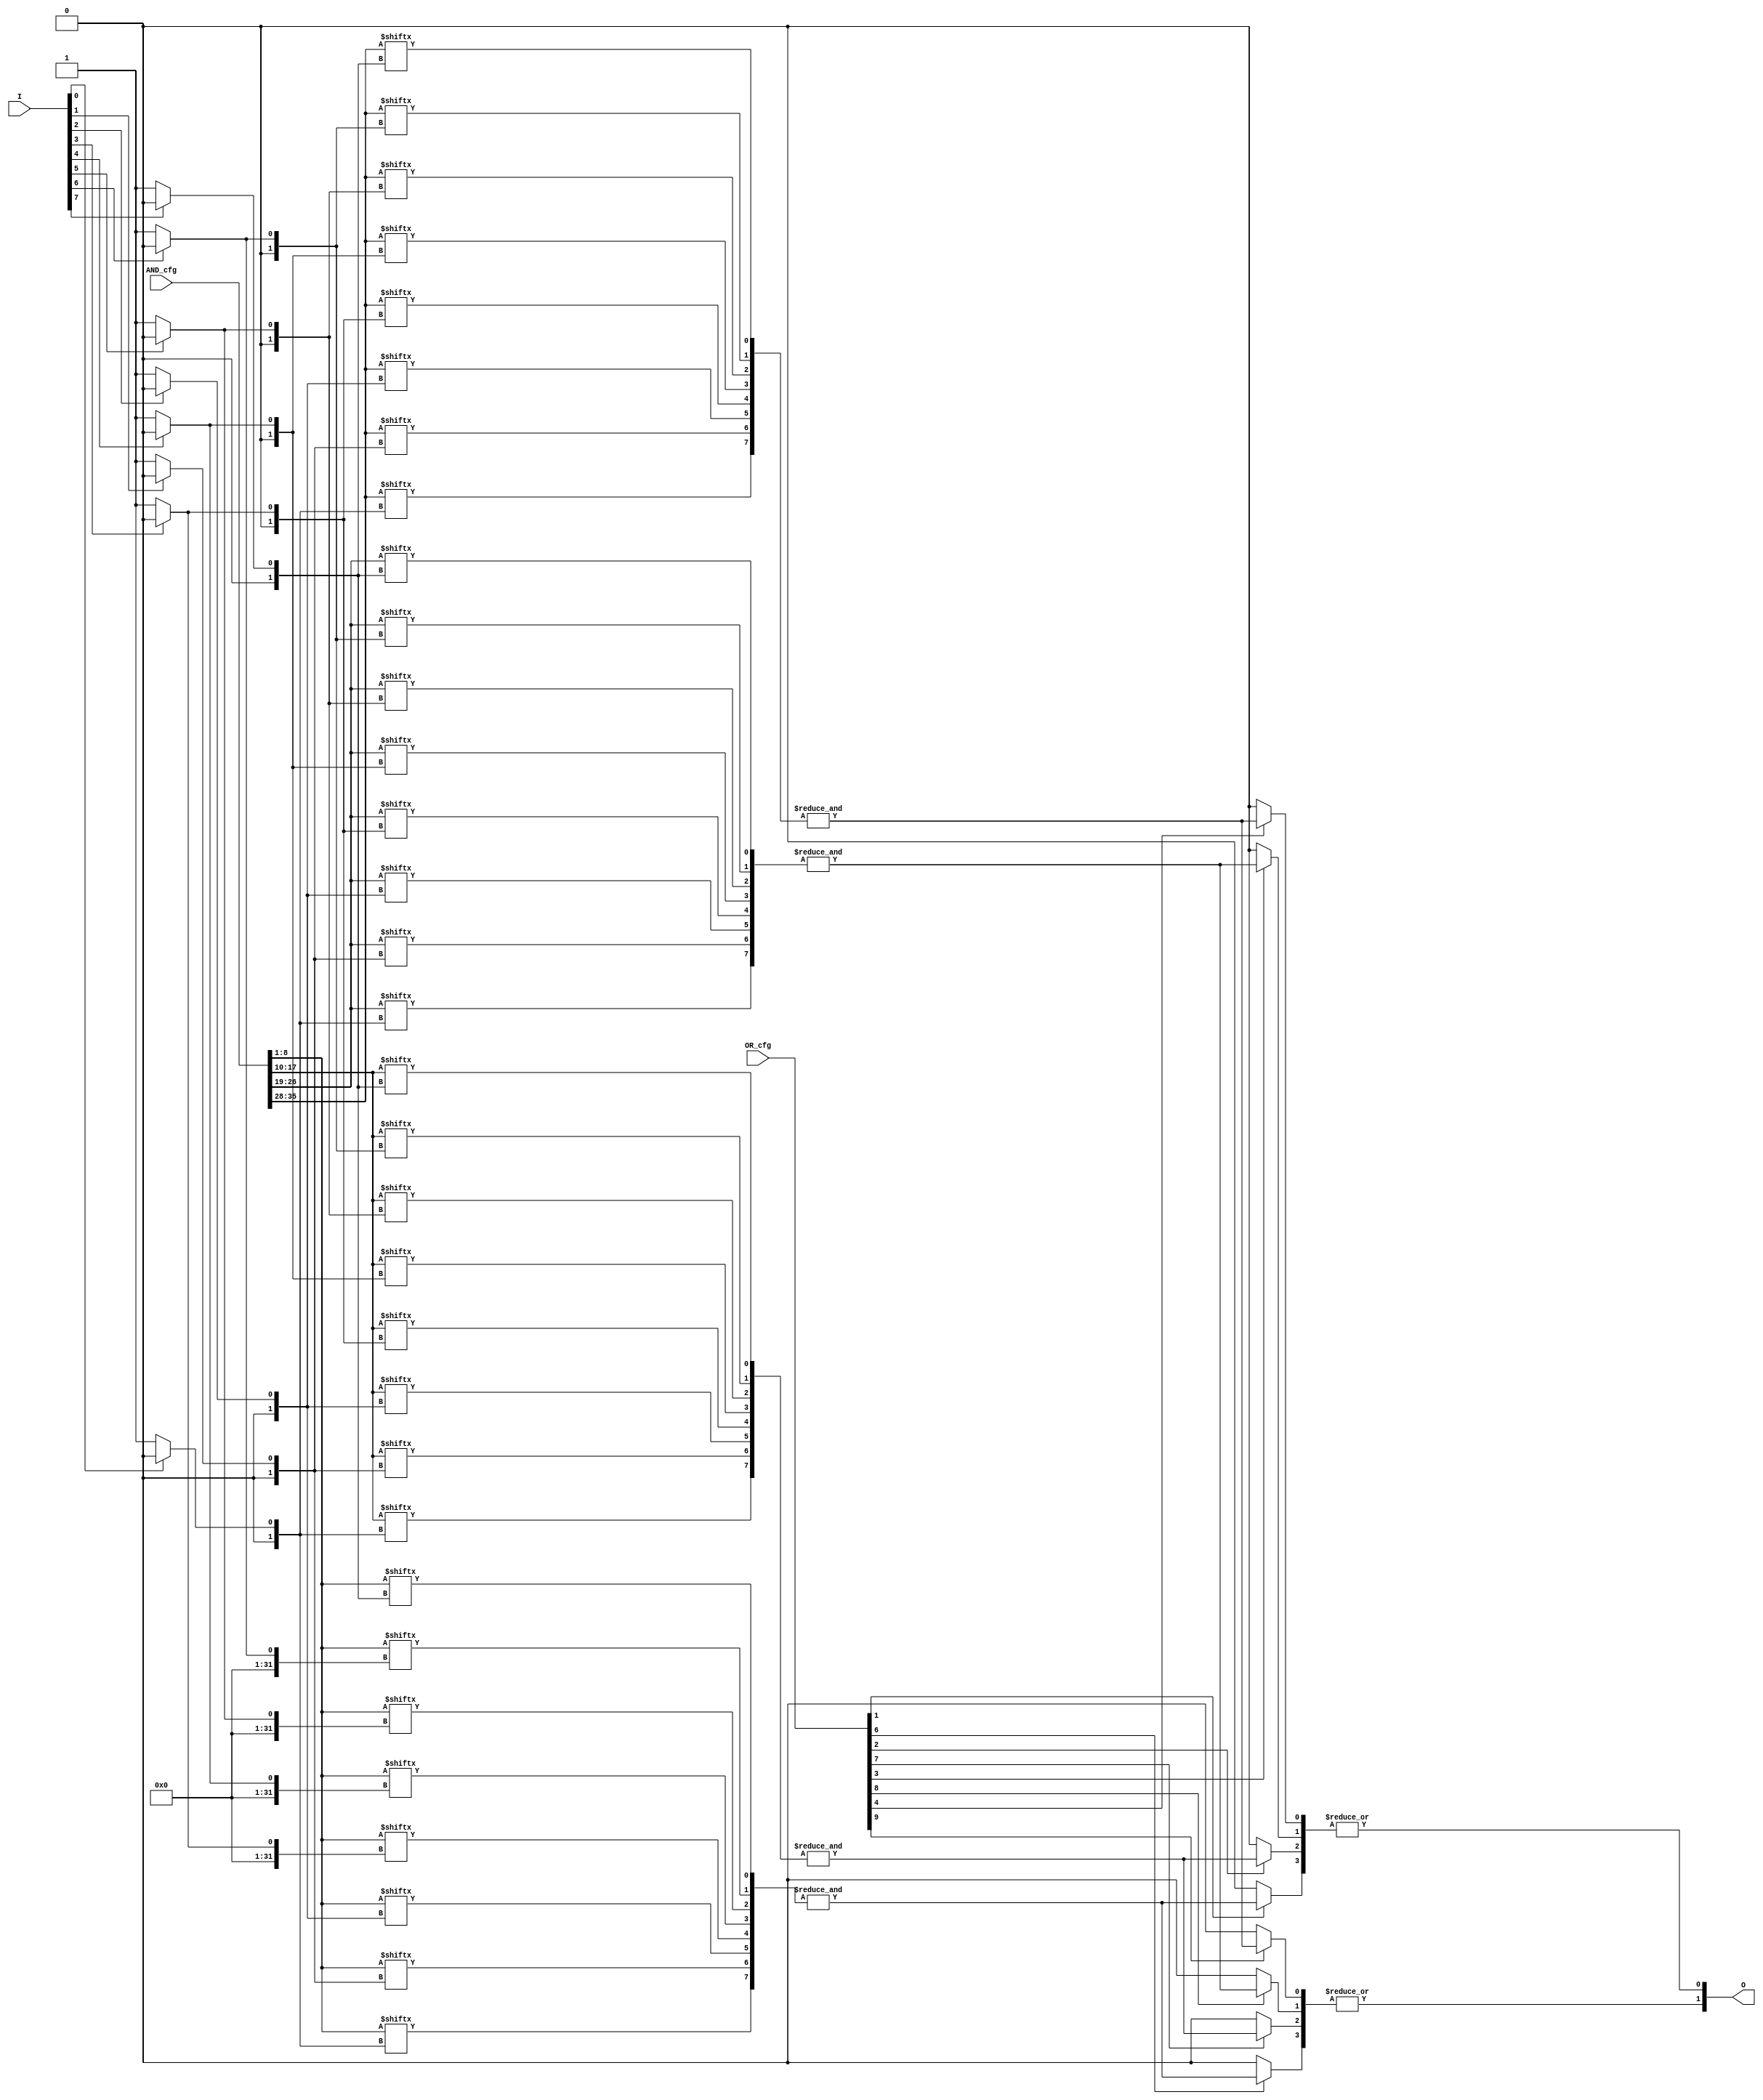
module SPAL #(
    parameter N = 8,   // Number of inputs
    parameter K = 4,   // Number of programmable AND gates
    parameter L = 2    // Number of programmable OR gates
)(
    input [N-1:0] I,             // Input signals
    input [K*(N+1)-1:0] AND_cfg, // Configuration for AND gates
    input [L*(K+1)-1:0] OR_cfg,   // Configuration for OR gates
    output [L-1:0] O             // Output signals
);

    // Intermediate product terms
    wire [K-1:0] AND_out;

    // Generate programmable AND gates
    genvar i;
    generate
        for (i = 0; i < K; i = i + 1) begin: and_gates
            wire [N-1:0] and_inputs; // Inputs for each AND gate
            assign and_inputs = AND_cfg[(i*(N+1) + N) -: N]; // Extract input configuration

            // AND gate operation
            assign AND_out[i] = &({and_inputs[I[0] ? 0 : 1], // Extracting the corresponding inputs
                                   and_inputs[I[1] ? 0 : 1], 
                                   and_inputs[I[2] ? 0 : 1], 
                                   and_inputs[I[3] ? 0 : 1],
                                   and_inputs[I[4] ? 0 : 1], 
                                   and_inputs[I[5] ? 0 : 1], 
                                   and_inputs[I[6] ? 0 : 1], 
                                   and_inputs[I[7] ? 0 : 1]});
        end
    endgenerate

    // Final outputs from the OR gates
    genvar j;
    generate
        for (j = 0; j < L; j = j + 1) begin: or_gates
            wire [K-1:0] or_inputs; // Inputs for each OR gate
            assign or_inputs = OR_cfg[(j*(K+1) + K) -: K]; // Extract input configuration

            // OR gate operation
            assign O[j] = |({or_inputs[0] ? AND_out[0] : 1'b0, // Extracting the corresponding outputs
                             or_inputs[1] ? AND_out[1] : 1'b0, 
                             or_inputs[2] ? AND_out[2] : 1'b0, 
                             or_inputs[3] ? AND_out[3] : 1'b0});
        end
    endgenerate

endmodule